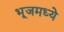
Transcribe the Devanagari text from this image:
भूजमध्ये